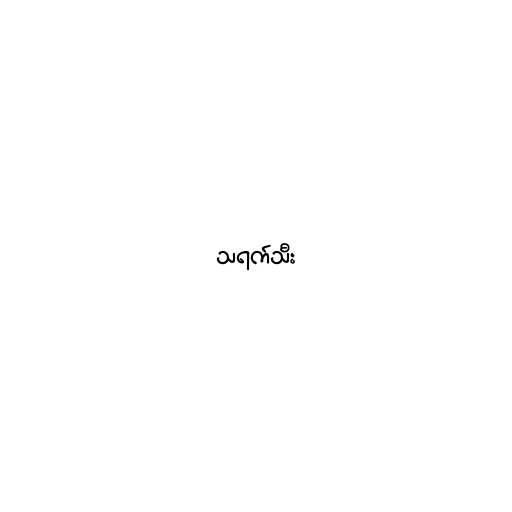
သရက်သီး